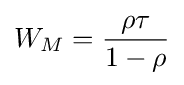
{W_{M}}={\frac {\rho \tau }{1-\rho }}